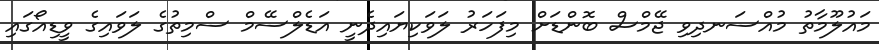
މައުލޫމާތު މުއްސަނދިވި ޖޭމްސް ބޮންޑަށް މިފަހަރު ލަވަކިޔައިދެނީ އަޑެލްސޭމް ސްމިތުގެ ލަވައިގެ ވީޑިއޯގައި